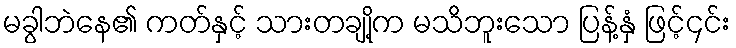
မခွါဘဲနေ၏ ကတ်နှင့် သားတချို့က မသိဘူးသော ပြန့်နှံ ဖြင့်၄င်း